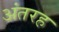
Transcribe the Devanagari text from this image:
अंतरह